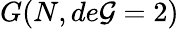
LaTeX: G(N,de\mathcal{G}=2)